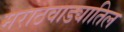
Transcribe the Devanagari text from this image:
मराठवाड्यातिल